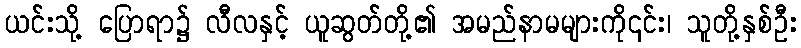
ယင်းသို့ ပြောရာ၌ လီလနှင့် ယူဆွတ်တို့၏ အမည်နာမများကို၎င်း၊ သူတို့နှစ်ဦး